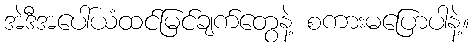
အဲဒီအပေါ်ယံထင်မြင်ချက်တွေနဲ့ စကားမပြောပါနဲ့။